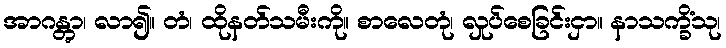
အာဂန္တွာ၊ လာ၍။ တံ၊ ထိုနတ်သမီးကို။ စာလေတုံ၊ လှုပ်စေခြင်းငှာ။ နာသက္ခိံသု၊